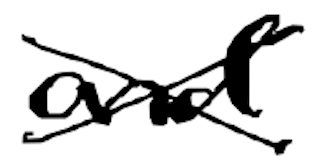
Text: and
Cross-out: cross
Writing tool: digital_black